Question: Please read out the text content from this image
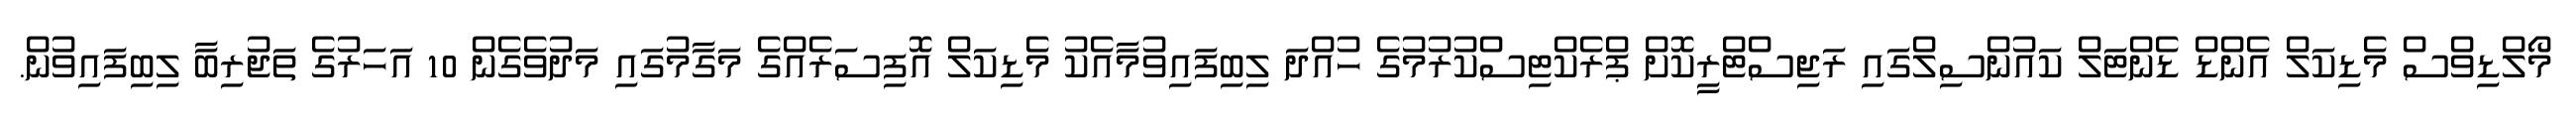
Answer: މޯލްޑިވްސް މެޑިކަލް އެންޑް ޑެންޓަލް ކައުންސިލްގައި ރަޖިސްޓްރީކޮށް ޕްރެކްޓިސްކުރުމުގެ ހުއްދަ ލިބިފައިވުމާއެކު މެޑިކަލް އޮފިސަރެއްގެ މަގާމުގައި މަދުވެގެން 10 އަހަރުގެ ތަޖުރިބާ ލިބިފައިވުން.